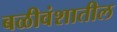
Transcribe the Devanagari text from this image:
बळीवंशातील